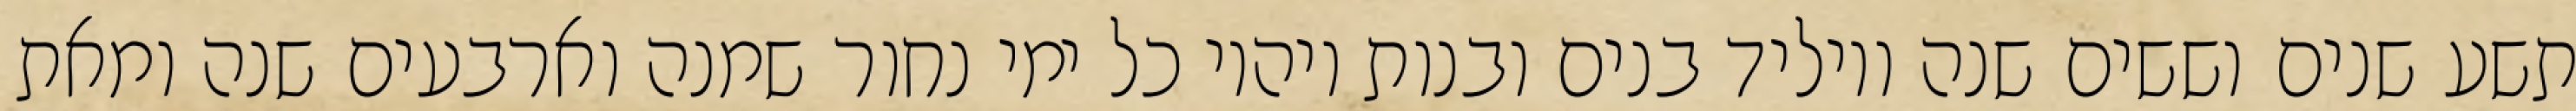
תשע שנים וששים שנה ויוליד בנים ובנות ויהיו כל ימי נחור שמנה וארבעים שנה ומאת